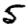
Digit: 5